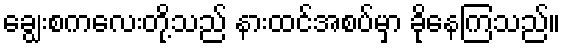
ချွေးစကလေးတို့သည် နားထင်အစပ်မှာ ခိုနေကြသည်။